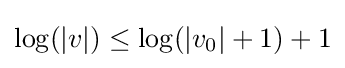
\log(|v|)\leq \log(|v_{0}|+1)+1